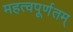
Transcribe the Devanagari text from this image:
महत्वपूर्णतम्